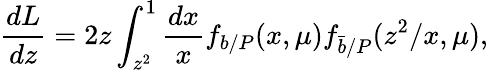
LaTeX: \frac{dL}{dz}=2z\int_{z^{2}}^{1}\frac{dx}{x}f_{b/P}(x,\mu)f_{\bar{b}/P}(z^{2}/x,\mu),